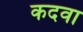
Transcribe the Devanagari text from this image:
कदवा